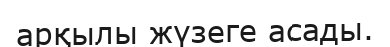
арқылы жүзеге асады.